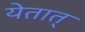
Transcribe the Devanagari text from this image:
येतात्